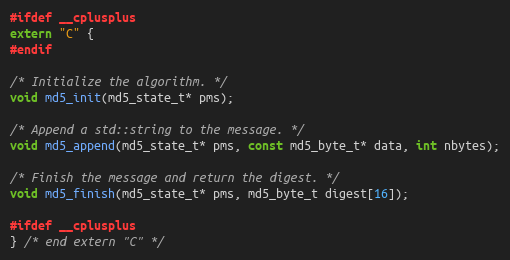
Language: C
#ifdef __cplusplus
extern "C" {
#endif

/* Initialize the algorithm. */
void md5_init(md5_state_t* pms);

/* Append a std::string to the message. */
void md5_append(md5_state_t* pms, const md5_byte_t* data, int nbytes);

/* Finish the message and return the digest. */
void md5_finish(md5_state_t* pms, md5_byte_t digest[16]);

#ifdef __cplusplus
} /* end extern "C" */